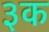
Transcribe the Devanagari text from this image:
३क